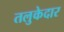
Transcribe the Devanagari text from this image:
तलुकेदार